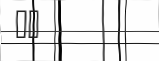
٥٢